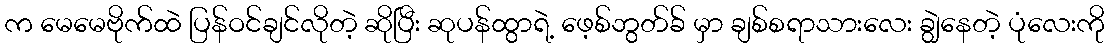
က မေမေဗိုက်ထဲ ပြန်ဝင်ချင်လိုတဲ့ ဆိုပြီး ဆုပန်ထွာရဲ့ ဖေ့စ်ဘွတ်ခ် မှာ ချစ်စရာသားလေး ချွဲနေတဲ့ ပုံလေးကို